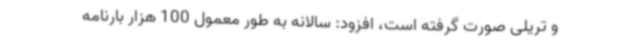
و تریلی صورت گرفته است، افزود: سالانه به طور معمول 100 هزار بارنامه